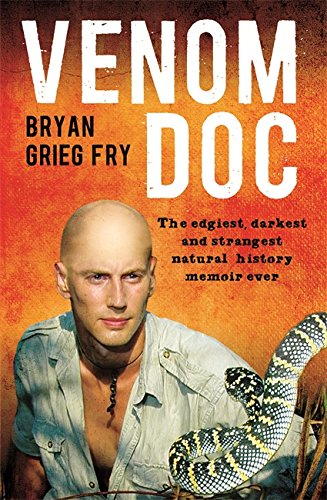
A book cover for Venom Doc: The Edgiest, Darkest and Strangest Natural History Memoir Ever; Bryan Grieg Fry; Biographies & Memoirs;